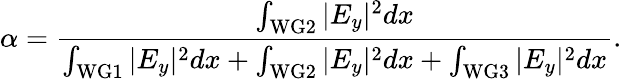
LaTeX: \alpha=\frac{\int_{\mathrm{WG2}}|E_{y}|^{2}dx}{\int_{\mathrm{WG1}}|E_{y}|^{2}dx+\int_{\mathrm{WG2}}|E_{y}|^{2}dx+\int_{\mathrm{WG3}}|E_{y}|^{2}dx}.